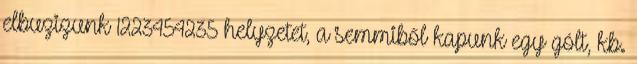
elbuzizunk 1223454235 helyzetet, a semmiből kapunk egy gólt, kb.